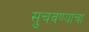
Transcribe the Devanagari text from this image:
सुचवण्यांचा